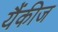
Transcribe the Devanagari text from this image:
यैंकीज